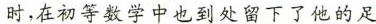
时，在初等数学中也到处留下了他的足